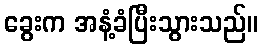
ခွေးက အနံ့ခံပြီးသွားသည်။